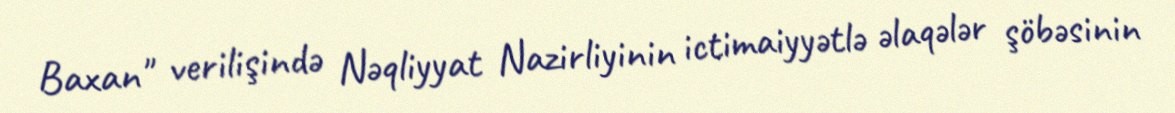
Baxan" verilişində Nəqliyyat Nazirliyinin ictimaiyyətlə əlaqələr şöbəsinin